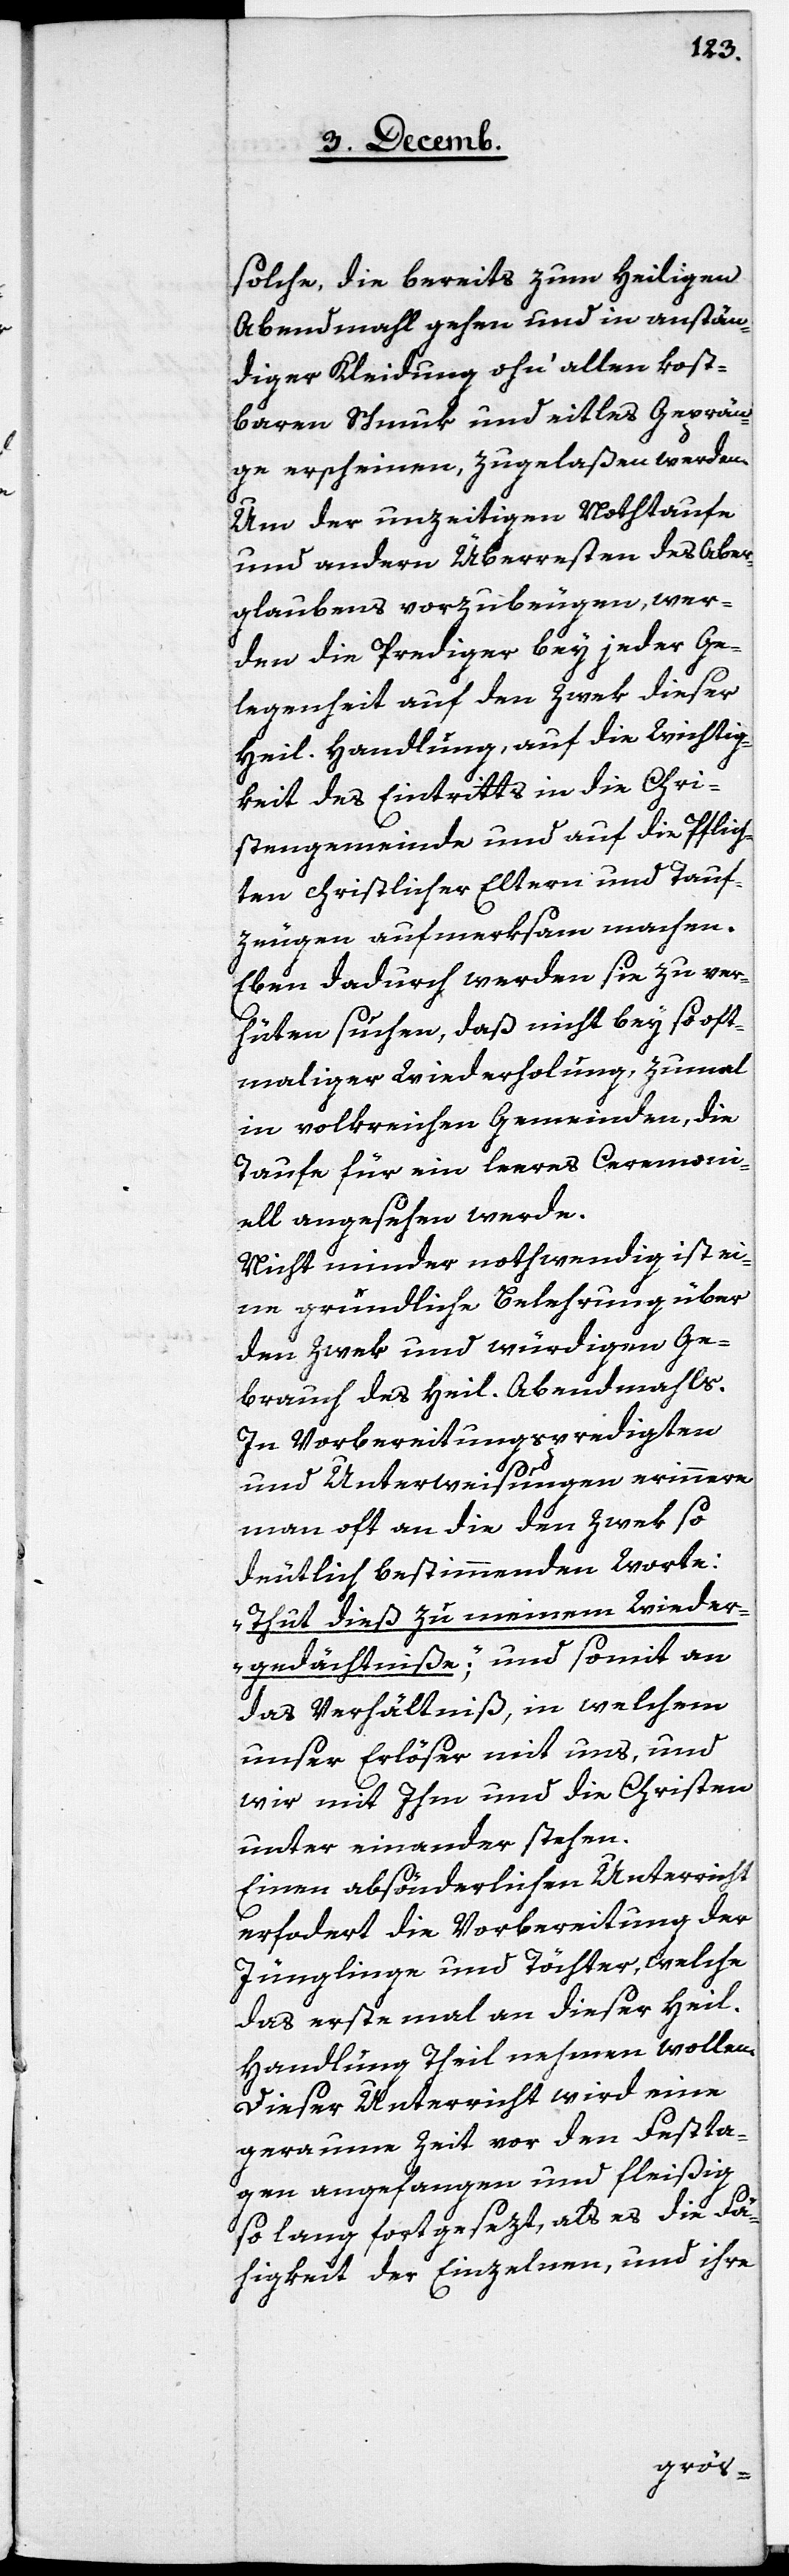
solche, die bereits zum heiligen
Abendmahl gehen und in anstän¬
diger Kleidung ohn‘ allen kost¬
baren Schmuk und eitles Geprän¬
ge erscheinen, zugelaßen werden.
Um der unzeitigen Nothtaufe
und andern Überresten des Aber¬
glaubens vorzubeugen, wer¬
den die Prediger bey jeder Ge¬
legenheit auf den Zwek dieser
heil. Handlung, auf die Wichtig¬
keit des Eintritts in die Chri¬
stengemeinde und auf die Pflich¬
ten christlicher Eltern und Tauf¬
zeugen aufmerksam machen.
Eben dadurch werden sie zu ver¬
hüten suchen, daß nicht bey so oft¬
maliger Wiederholung, zumal
in volkreichen Gemeinden, die
Taufe für ein leeres Ceremoni¬
ell angesehen werde.
Nicht minder nothwendig ist ei¬
ne gründliche Belehrung über
den Zwek und würdigen Ge¬
brauch des heil: Abendmahls.
In Vorbereitungspredigten
und Unterweisungen erinnere
man oft an die den Zwek so
deutlich bestimmenden Worte:
„Thut dieß zu meinem Wieder¬
gedächtniße“; und somit an
das Verhältniß, in welchem
unser Erlöser mit uns, und
wir mit Ihm und die Christen
unter einander stehen.
Einen absönderlichen Unterricht
erfordert die Vorbereitung der
Jünglinge und Töchter, welche
das erste mal an dieser heil.
Handlung Theil nehmen wollen.
Dieser Unterricht wird eine
geraume Zeit vor den Festta¬
gen angefangen und fleißig
so lang fortgesezt, als es die Fä¬
higkeit der Einzelnen, und ihre